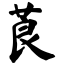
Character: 莨